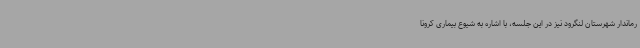
رماندار شهرستان لنگرود نیز در این جلسه، با اشاره به شیوع بیماری کرونا